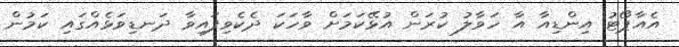
އެއާޕޯޓު އިންޑިއާ އާ ހަވާލު ކުރަން އުޅޭކަމަށް ވާހަކަ ދެކެވިފައިވާ ދަނޑިވަޅެއްގައި ކަމުން